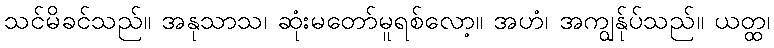
သင်မိခင်သည်။ အနုသာသ၊ ဆုံးမတော်မူရစ်လော့။ အဟံ၊ အကျွန်ုပ်သည်။ ယတ္ထ၊